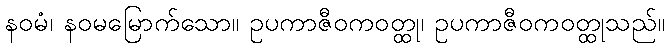
နဝမံ၊ နဝမမြောက်သော။ ဥပကာဇီဝကဝတ္ထု၊ ဥပကာဇီဝကဝတ္ထုသည်။